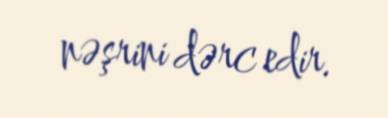
nəşrini dərc edir.